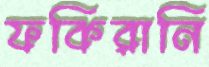
ফকিরানি